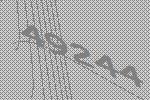
49244